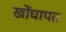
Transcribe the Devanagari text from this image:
खोंघापत